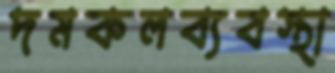
দমকলব্যবস্থা